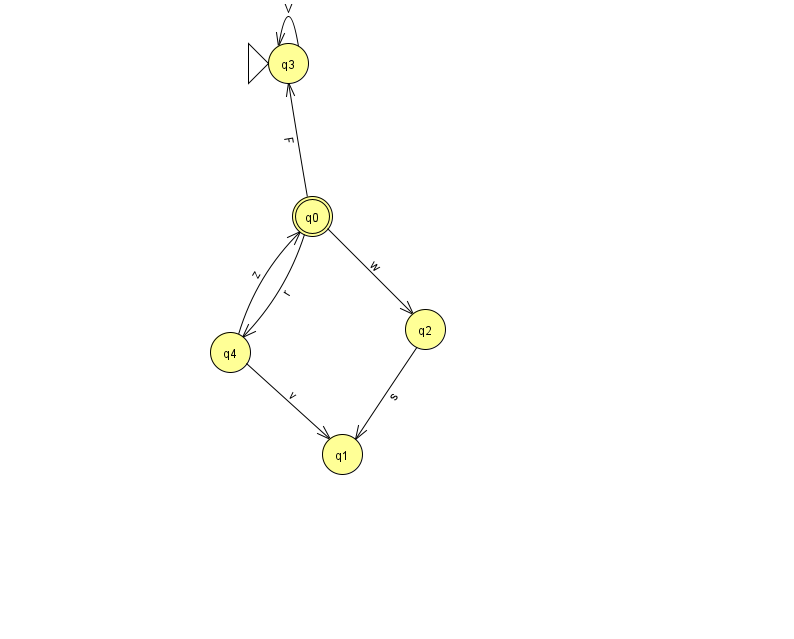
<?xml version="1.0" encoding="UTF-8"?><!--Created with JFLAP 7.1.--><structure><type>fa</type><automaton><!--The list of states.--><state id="0" name="q0"><x>312.0</x><y>203.0</y><final/></state><state id="1" name="q1"><x>342.0</x><y>441.0</y></state><state id="2" name="q2"><x>425.0</x><y>316.0</y></state><state id="3" name="q3"><x>288.0</x><y>50.0</y><initial/></state><state id="4" name="q4"><x>230.0</x><y>339.0</y></state><!--The list of transitions.--><transition><from>0</from><to>2</to><read>w</read></transition><transition><from>4</from><to>1</to><read>v</read></transition><transition><from>3</from><to>3</to><read>V</read></transition><transition><from>4</from><to>0</to><read>z</read></transition><transition><from>0</from><to>3</to><read>F</read></transition><transition><from>0</from><to>4</to><read>r</read></transition><transition><from>2</from><to>1</to><read>s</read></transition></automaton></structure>